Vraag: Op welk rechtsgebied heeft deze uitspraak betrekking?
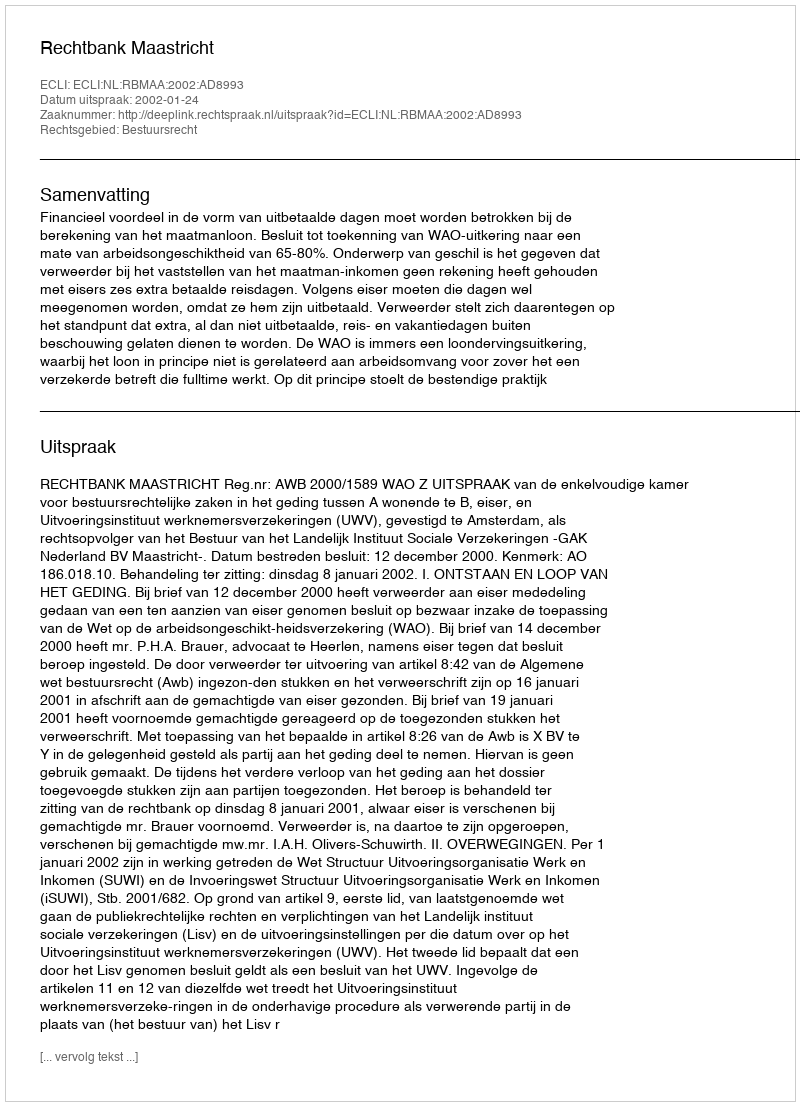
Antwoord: Bestuursrecht